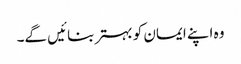
وہ اپنے ایمان کو بہتر بنائیں گے۔